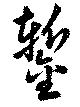
鏨